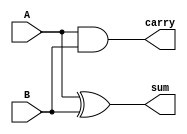
`timescale 1ns / 1ps
//////////////////////////////////////////////////////////////////////////////////
// Company: 
// Engineer: 
// 
// Design Name: 
// Module Name:    halfadderB 
// Project Name: 
// Target Devices: 
// Tool versions: 
// Description: 
//
// Dependencies: 
//
// Revision: 
// Revision 0.01 - File Created
// Additional Comments: 
//
//////////////////////////////////////////////////////////////////////////////////
module halfadderB(sum,carry,A,B
    );
input wire A,B;
output reg sum,carry;

always @(A or B)
begin

sum=A^B;
carry=A&B;

end
endmodule